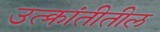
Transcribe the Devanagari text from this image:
उत्क्रांतीतील